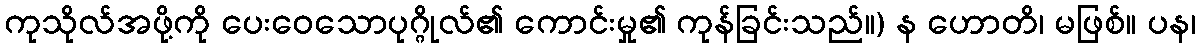
ကုသိုလ်အဖို့ကို ပေးဝေသောပုဂ္ဂိုလ်၏ ကောင်းမှု၏ ကုန်ခြင်းသည်။) န ဟောတိ၊ မဖြစ်။ ပန၊